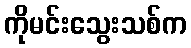
ကိုမင်းသွေးသစ်က